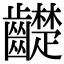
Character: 齼